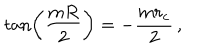
\tan \left( \frac { m R } { 2 } \right) = - \frac { m r _ { c } } { 2 } \, ,